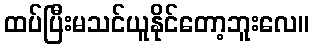
ထပ်ပြီးမသင်ယူနိုင်တော့ဘူးလေ။